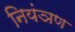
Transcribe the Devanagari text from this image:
नियंञण